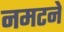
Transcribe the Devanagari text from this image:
नमटने